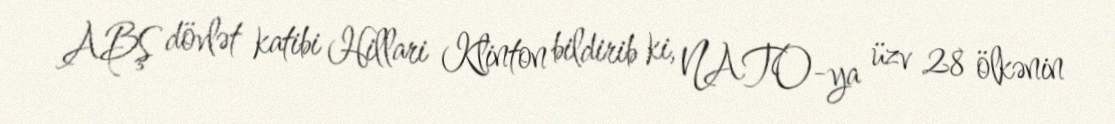
ABŞ dövlət katibi Hillari Klinton bildirib ki, NATO-ya üzv 28 ölkənin